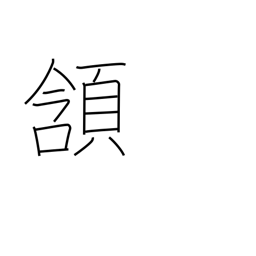
Meaning: nod approval